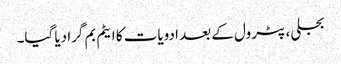
بجلی، پٹرول کے بعد ادویات کا ایٹم بم گرا دیا گیا۔